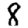
Digit: 8